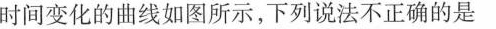
时间变化的曲线如图所示，下列说法不正确的是